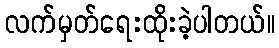
လက်မှတ်ရေးထိုးခဲ့ပါတယ်။